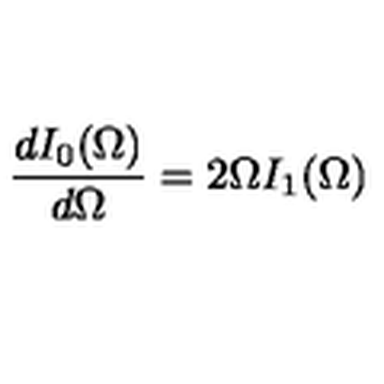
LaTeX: \frac { d I _ { 0 } ( \Omega ) } { d \Omega } = 2 \Omega I _ { 1 } ( \Omega )